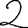
Digit: 2